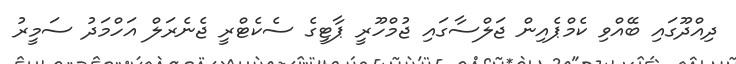
ދިއްދޫގައި ބޭއްވި ކެމްޕެއިން ޖަލްސާގައި ޖުމްހޫރީ ޕާޓީގެ ސެކެޓްރީ ޖެނެރަލް އަހްމަދު ސަމީރު